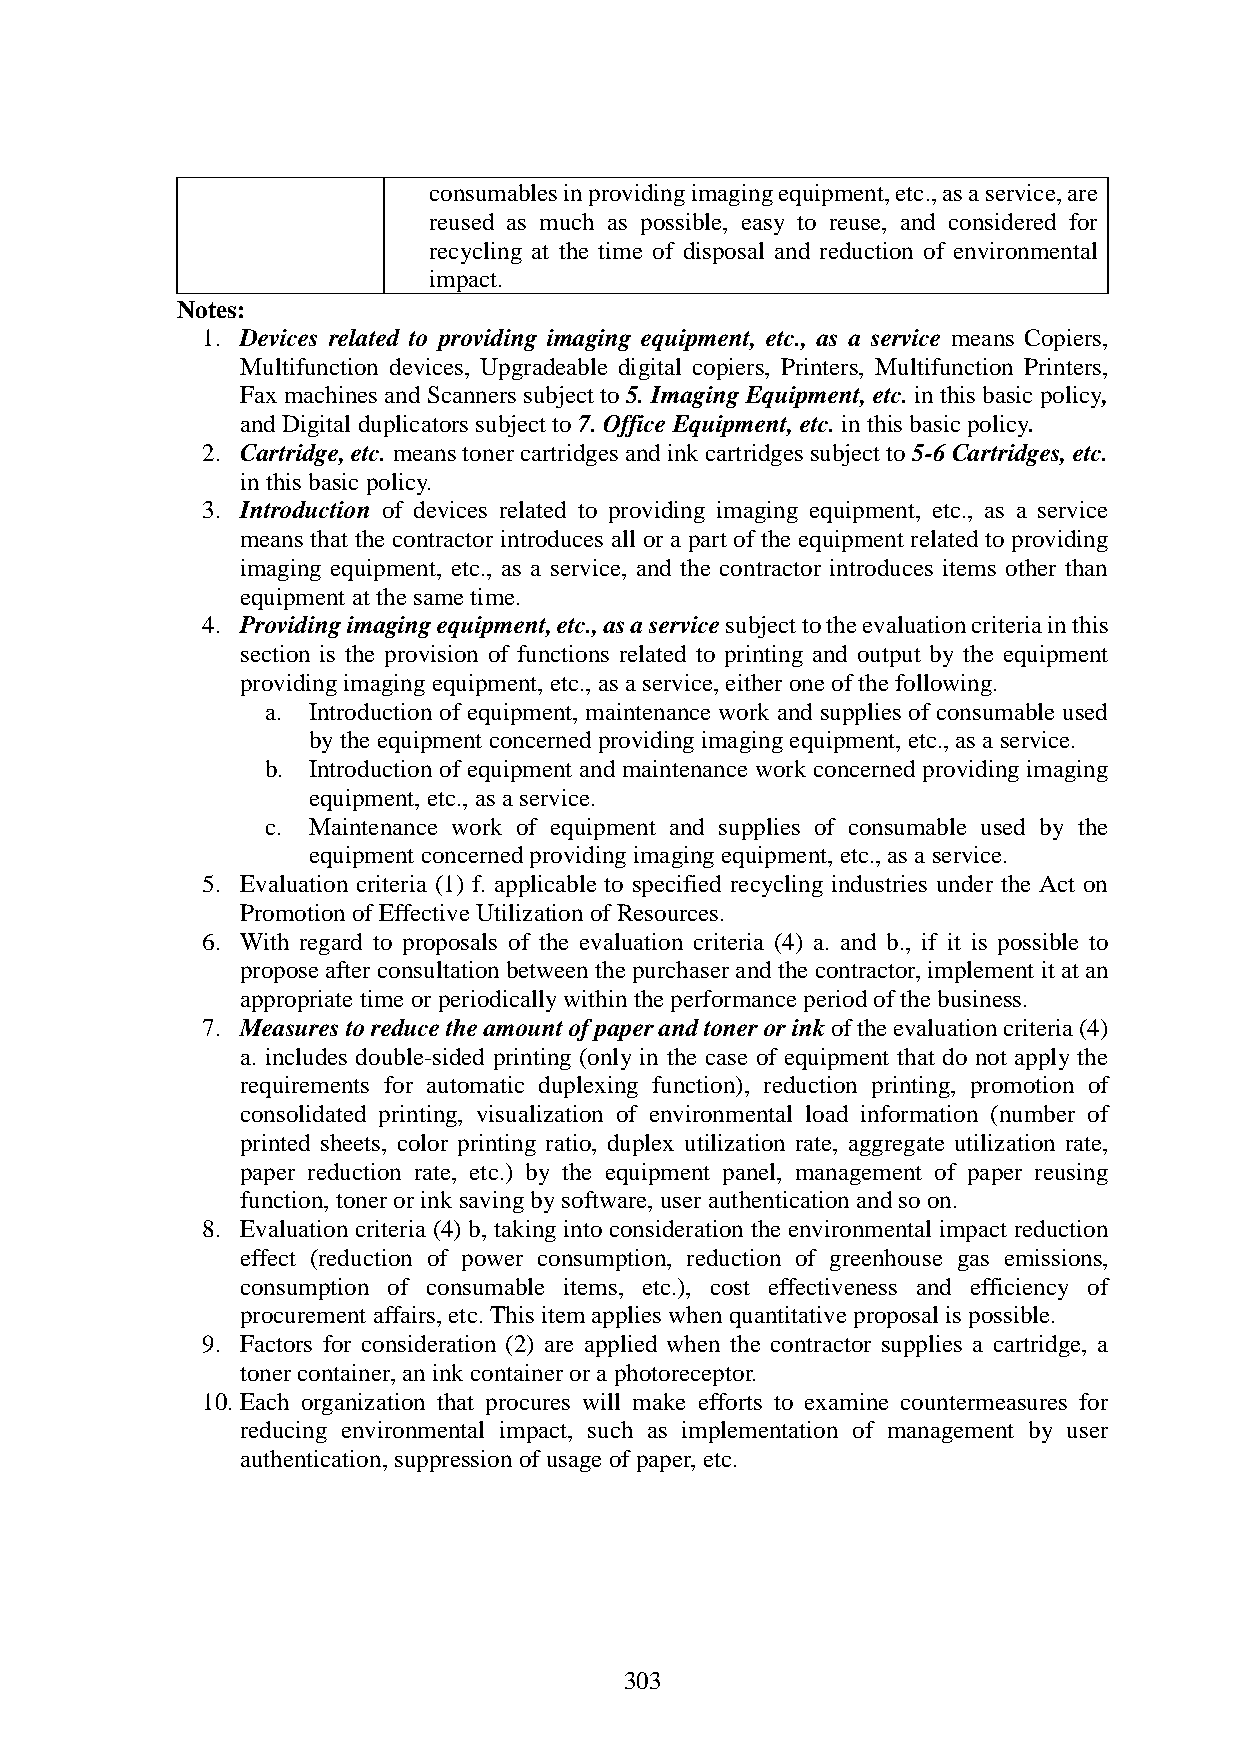
consumables in providing imaging equipment, etc., as a service, are
 reused as much as possible, easy to reuse, and considered for
 recycling at the time of disposal and reduction of environmental
 impact.
 Notes:
 1. Devices related to providing imaging equipment, etc., as a service means Copiers,
 Multifunction devices, Upgradeable digital copiers, Printers, Multifunction Printers,
 Fax machines and Scanners subject to 5. Imaging Equipment, etc. in this basic policy,
 and Digital duplicators subject to 7. Office Equipment, etc. in this basic policy.
 2. Cartridge, etc. means toner cartridges and ink cartridges subject to 5-6 Cartridges, etc.
 in this basic policy.
 3. Introduction of devices related to providing imaging equipment, etc., as a service
 means that the contractor introduces all or a part of the equipment related to providing
 imaging equipment, etc., as a service, and the contractor introduces items other than
 equipment at the same time.
 4. Providing imaging equipment, etc., as a service subject to the evaluation criteria in this
 section is the provision of functions related to printing and output by the equipment
 providing imaging equipment, etc., as a service, either one of the following.
 a. Introduction of equipment, maintenance work and supplies of consumable used
 by the equipment concerned providing imaging equipment, etc., as a service.
 b. Introduction of equipment and maintenance work concerned providing imaging
 equipment, etc., as a service.
 c. Maintenance work of equipment and supplies of consumable used by the
 equipment concerned providing imaging equipment, etc., as a service.
 5. Evaluation criteria (1) f. applicable to specified recycling industries under the Act on
 Promotion of Effective Utilization of Resources.
 6. With regard to proposals of the evaluation criteria (4) a. and b., if it is possible to
 propose after consultation between the purchaser and the contractor, implement it at an
 appropriate time or periodically within the performance period of the business.
 7. Measures to reduce the amount of paper and toner or ink of the evaluation criteria (4)
 a. includes double-sided printing (only in the case of equipment that do not apply the
 requirements for automatic duplexing function), reduction printing, promotion of
 consolidated printing, visualization of environmental load information (number of
 printed sheets, color printing ratio, duplex utilization rate, aggregate utilization rate,
 paper reduction rate, etc.) by the equipment panel, management of paper reusing
 function, toner or ink saving by software, user authentication and so on.
 8. Evaluation criteria (4) b, taking into consideration the environmental impact reduction
 effect (reduction of power consumption, reduction of greenhouse gas emissions,
 consumption of consumable items, etc.), cost effectiveness and efficiency of
 procurement affairs, etc. This item applies when quantitative proposal is possible.
 9. Factors for consideration (2) are applied when the contractor supplies a cartridge, a
 toner container, an ink container or a photoreceptor.
 10. Each organization that procures will make efforts to examine countermeasures for
 reducing environmental impact, such as implementation of management by user
 authentication, suppression of usage of paper, etc.
 303